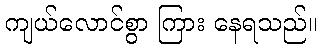
ကျယ်လောင်စွာ ကြား နေရသည်။